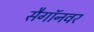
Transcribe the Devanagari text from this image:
सैगॉनवर